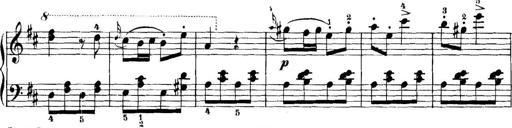
Title: 11 Sonatinas
Composer: Anton Diabelli